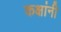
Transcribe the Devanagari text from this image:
कक्षांनी